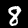
Digit: 8